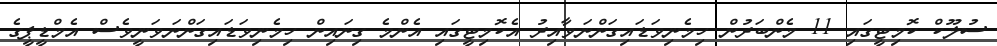
ސުލޫކް ކޮމިޓީގައި 11 މެންބަރުން ހިމެނިވަޑައިގަންނަވާއިރު އެކޮމިޓީގައި އެންމެ ގިނައިން ހިމެނިވަޑައިގަންނަވަނީވެސް އެމްޑީޕީގެ